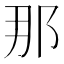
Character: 那